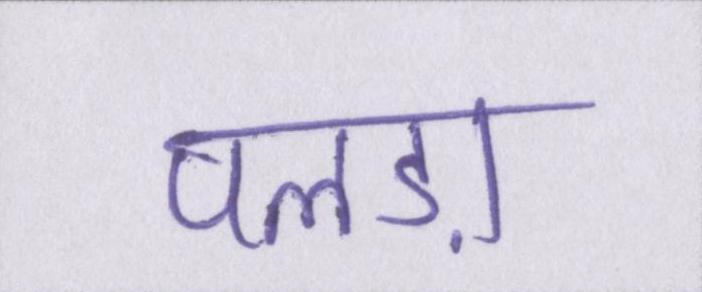
पलड़ा